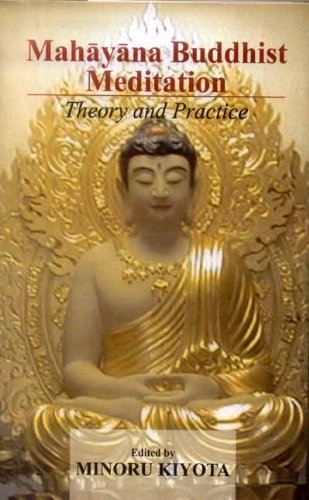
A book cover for Mahayana Buddhist Meditation: Theory and Practice; Religion & Spirituality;